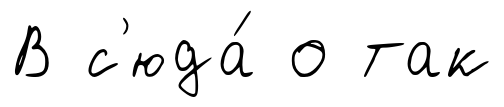
В с'юда́ о так